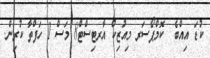
ކުޑަ އިއްބެ  ކޮމްޕޯސަރ މިއުޒިކް އާރޓިސްޓް8 މަސް 1 ހަފްތާ ކުރިން.